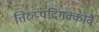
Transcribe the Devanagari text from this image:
तिरुप्पदिगक्कोवै